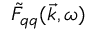
\tilde { F } _ { q q } ( \vec { k } , \omega )